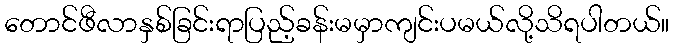
တောင်ဖီလာနှစ်ခြင်းရာပြည့်ခန်းမမှာကျင်းပမယ်လို့သိရပါတယ်။